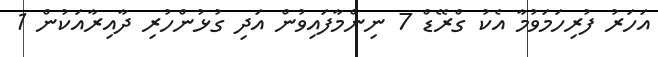
އަހަރު ފުރިހަމަވުމާ އެކު ގްރޭޑް 7 ނިންމާފައިވުން އަދި ގުޅުންހުރި ދާއިރާއަކުން 1